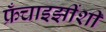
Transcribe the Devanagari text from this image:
फ्रँचाइझींशी